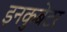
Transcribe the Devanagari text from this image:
इनकुबेटर